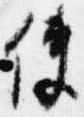
使